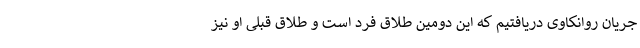
جریان روانکاوی دریافتیم که این دومین طلاق فرد است و طلاق قبلی او نیز